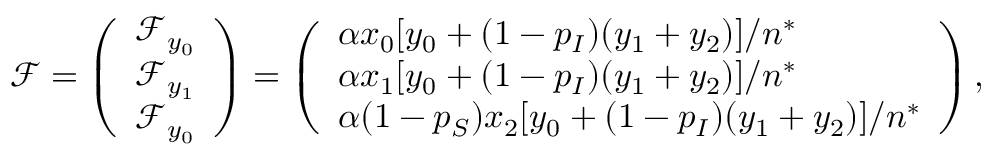
\mathcal { F } = \left( \begin{array} { l } { \mathcal { F } _ { y _ { 0 } } } \\ { \mathcal { F } _ { y _ { 1 } } } \\ { \mathcal { F } _ { y _ { 0 } } } \end{array} \right) = \left( \begin{array} { l } { \alpha x _ { 0 } [ y _ { 0 } + ( 1 - p _ { I } ) ( y _ { 1 } + y _ { 2 } ) ] / n ^ { * } } \\ { \alpha x _ { 1 } [ y _ { 0 } + ( 1 - p _ { I } ) ( y _ { 1 } + y _ { 2 } ) ] / n ^ { * } } \\ { \alpha ( 1 - p _ { S } ) x _ { 2 } [ y _ { 0 } + ( 1 - p _ { I } ) ( y _ { 1 } + y _ { 2 } ) ] / n ^ { * } } \end{array} \right) ,